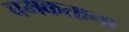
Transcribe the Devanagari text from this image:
चमकताना